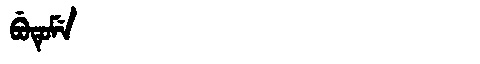
Manchu: ᠪᡠᡨᡠᠮᡝ
Romanization: BUTUME